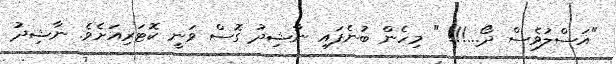
"އަސްލުވެސް ދޯ...!!! " މިހެން ބުނެފައި ނާޝިދު ގޮސް ވަނީ ކޮޓަރިއަށެވެ. ނާޝިދު